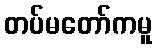
တပ်မတော်ကမူ